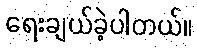
ရေးချယ်ခဲ့ပါတယ်။